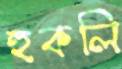
হুকলি